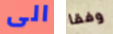
الى وفقا